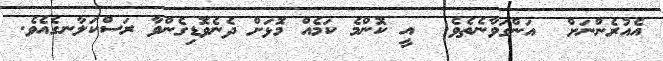
އެއުރެންނަށް  އަންގަވާނެތެވެ.  އީ ކޮންމެ ކަމެއް މޮޅަށް ދެނެވޮޑިގެންވާ ރަސްކަލާނގެއެވެ.